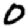
Digit: 0